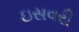
ઇસવરી